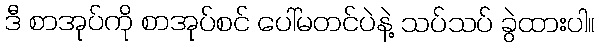
ဒီ စာအုပ်ကို စာအုပ်စင် ပေါ်မတင်ပဲနဲ့ သပ်သပ် ခွဲထားပါ။